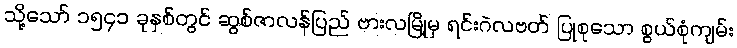
သို့သော် ၁၅၄၁ ခုနှစ်တွင် ဆွစ်ဇာလန်ပြည် ဗားလမြို့မှ ရင်းဂဲလဗတ် ပြုစုသော စွယ်စုံကျမ်း